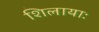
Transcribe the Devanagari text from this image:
शिलायाः